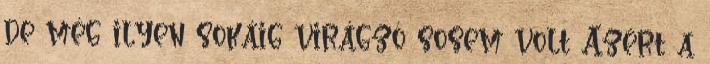
de még ilyen sokáig virágzó sosem volt Azért a